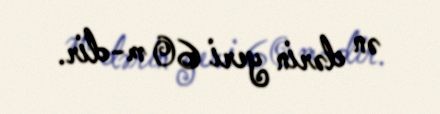
ən dərin yeri 60 m-dir.